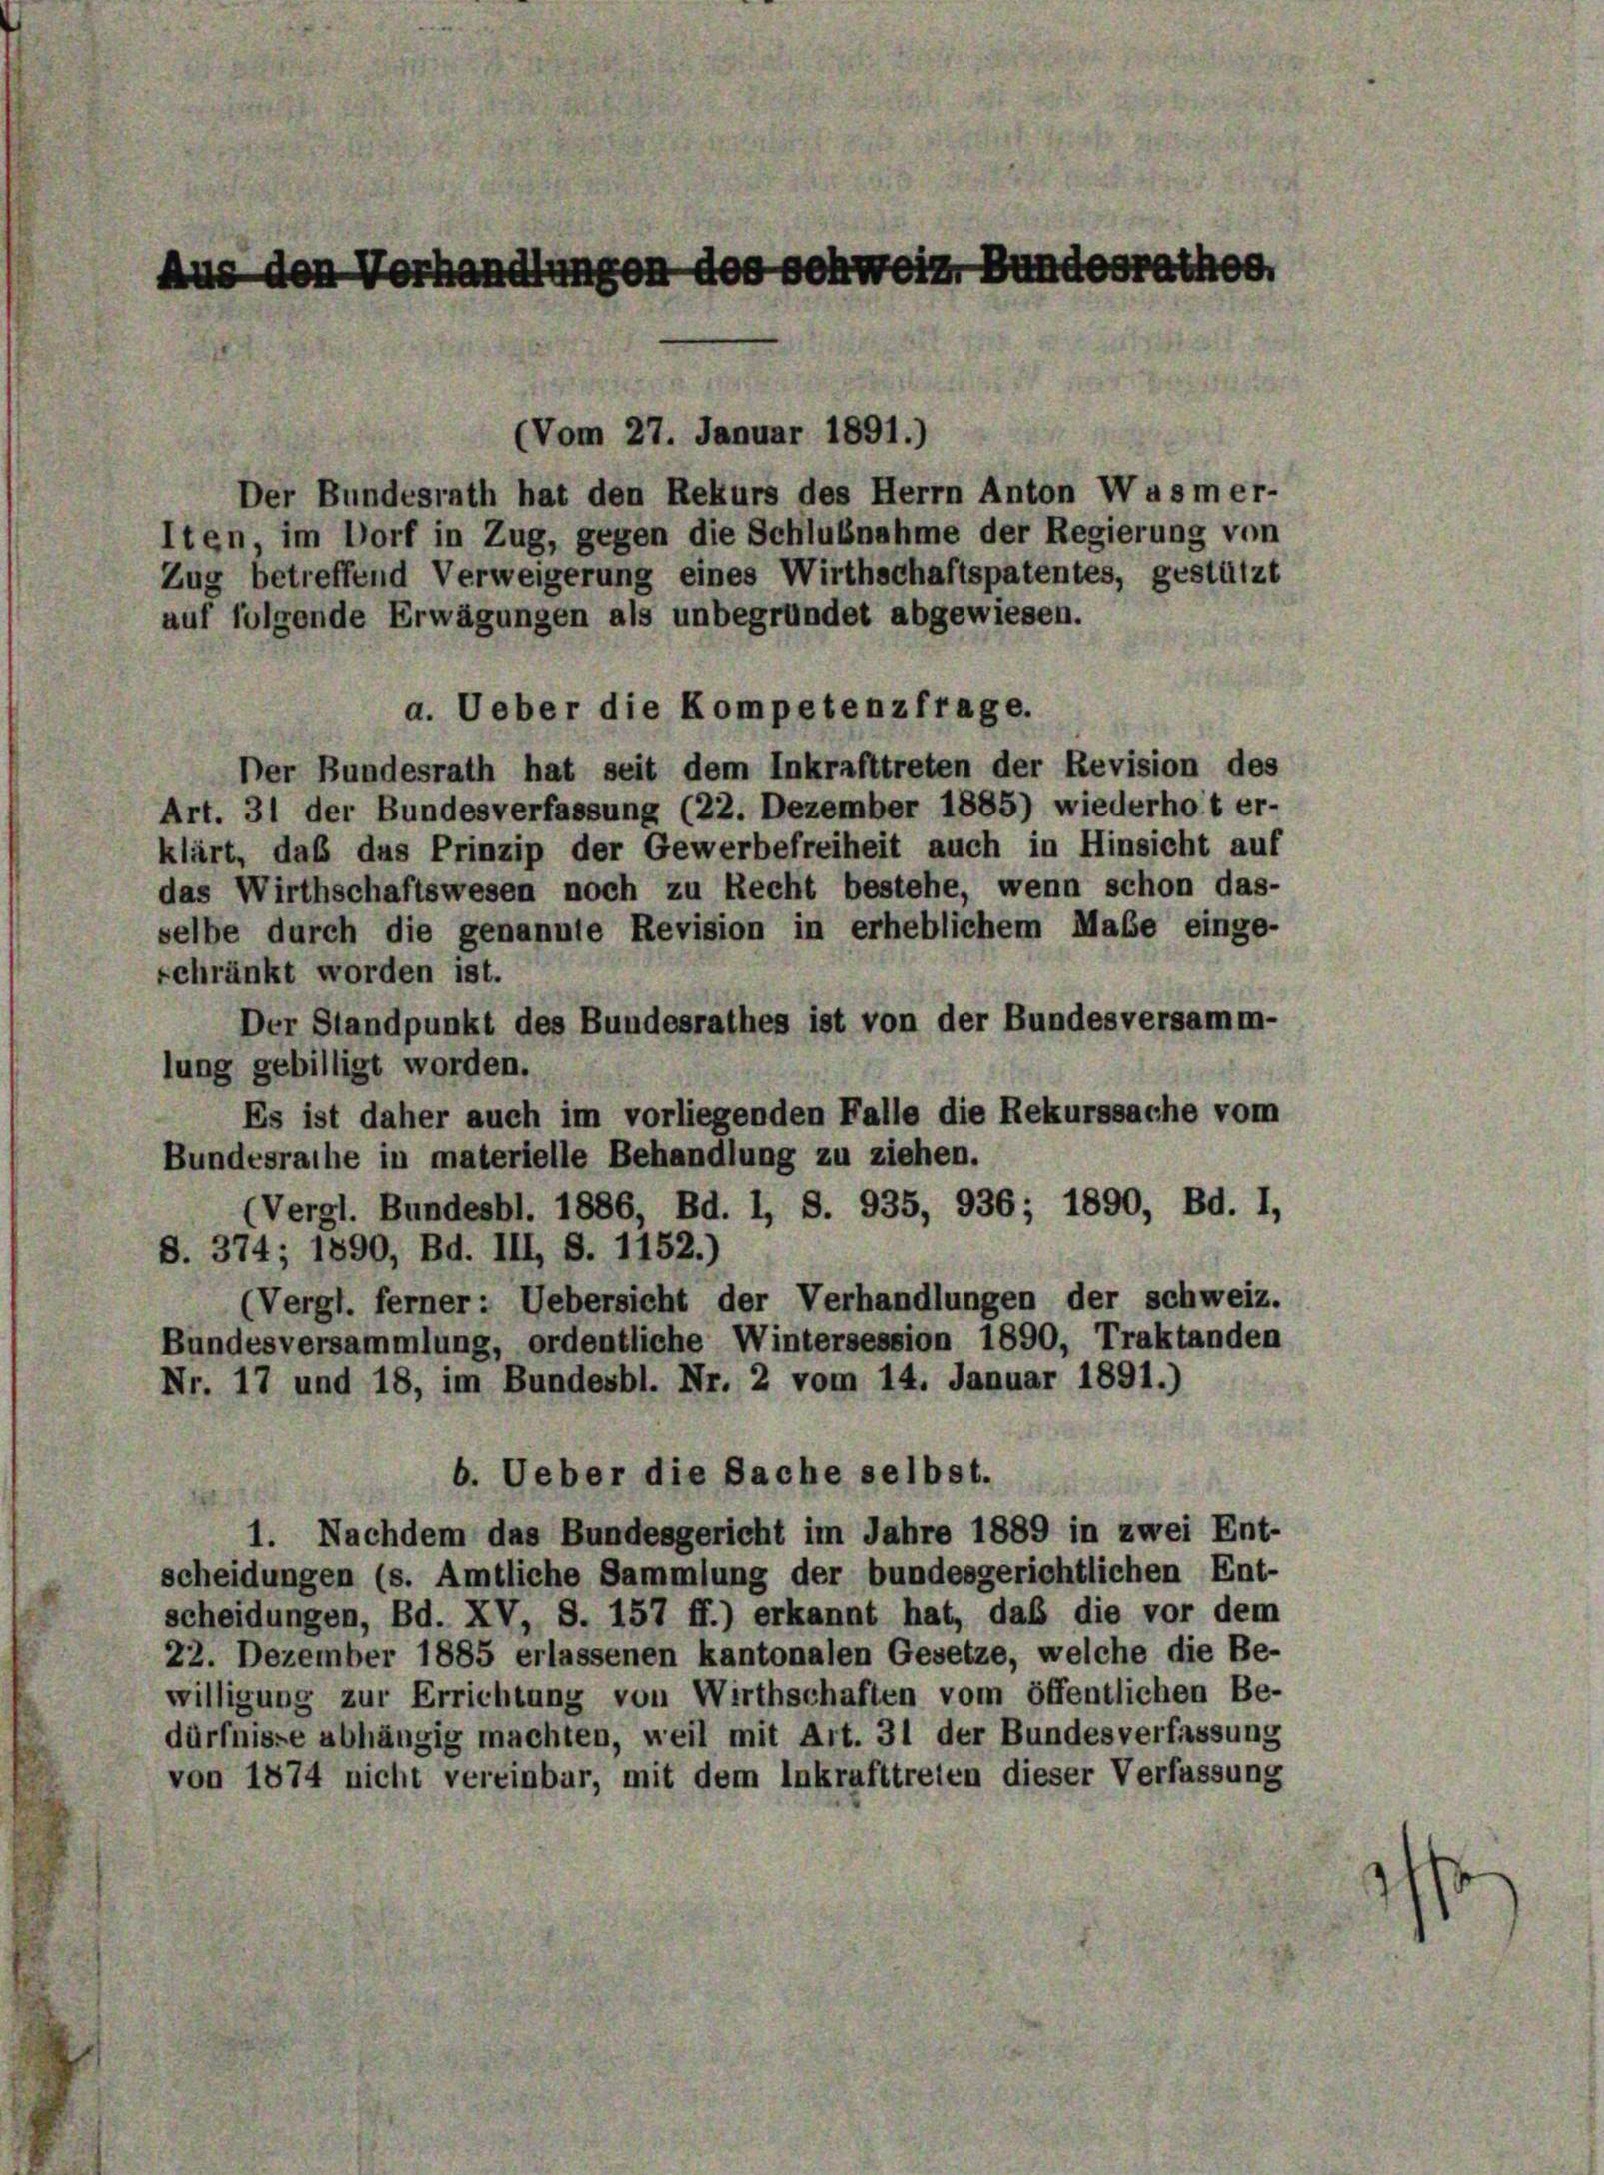
Der Bundesrath hat den Rekurs des Herrn Anton Wasmer-
Iten, im Dorf in Zug, gegen die Schlußnahme der Regierung von
Zug betreffend Verweigerung eines Wirthschaftspatentes, gestützt
auf folgende Erwägungen als unbegründet abgewiesen.
a. Ueber die Kompetenzfrage.
Der Bundesrath hat seit dem Inkrafttreten der Revision des
Art. 31 der Bundesverfassung (22. Dezember 1885) wiederhot er-
klärt, daß das Prinzip der Gewerbefreiheit auch in Hinsicht auf
das Wirthschaftswesen noch zu Recht bestehe, wenn schon das-
selbe durch die genannte Revision in erheblichem Maße einge-
schränkt worden ist.
Der Standpunkt des Bundesrathes ist von der Bundesversamm-
lung gebilligt worden.
Es ist daher auch im vorliegenden Falle die Rekurssache vom
Bundesrathe in materielle Behandlung zu ziehen.
(Vergl. Bundesbl. 1886, Bd. I, S. 935, 936; 1890, Bd. I,
S. 374; 1890, Bd. III, S. 1152.)
(Vergl. ferner: Uebersicht der Verhandlungen der Schweiz.
Bundesversammlung, ordentliche Wintersession 1890, Traktanden
Nr. 17 und 18, im Bundesbl. Nr. 2 vom 14. Januar 1891.)
b. Ueber die Sache selbst.
1. Nachdem das Bundesgericht im Jahre 1889 in zwei Ent-
scheidungen (s. Amtliche Sammlung der bundesgerichtlichen Ent-
scheidungen, Bd. XV, S. 157 ff.) erkannt hat, daß die vor dem
22. Dezember 1885 erlassenen kantonalen Gesetze, welche die Be-
willigung zur Errichtung von Wirthschaften vom öffentlichen Be-
dürfnisse abhängig machten, weil mit Art. 31 der Bundesverfassung
von 1874 nicht vereinbar, mit dem Inkrafttreien dieser Verfassung

Aus den Verhandlungen des schweiz, Bundesrathes

(Vom 27. Januar 1891.)